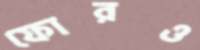
ফোরও